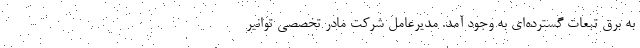
به برق تبعات گسترده‌ای به وجود آمد. مدیرعامل شرکت مادر تخصصی توانیر